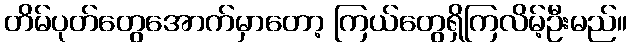
တိမ်ပုတ်တွေအောက်မှာတော့ ကြယ်တွေရှိကြလိမ့်ဦးမည်။